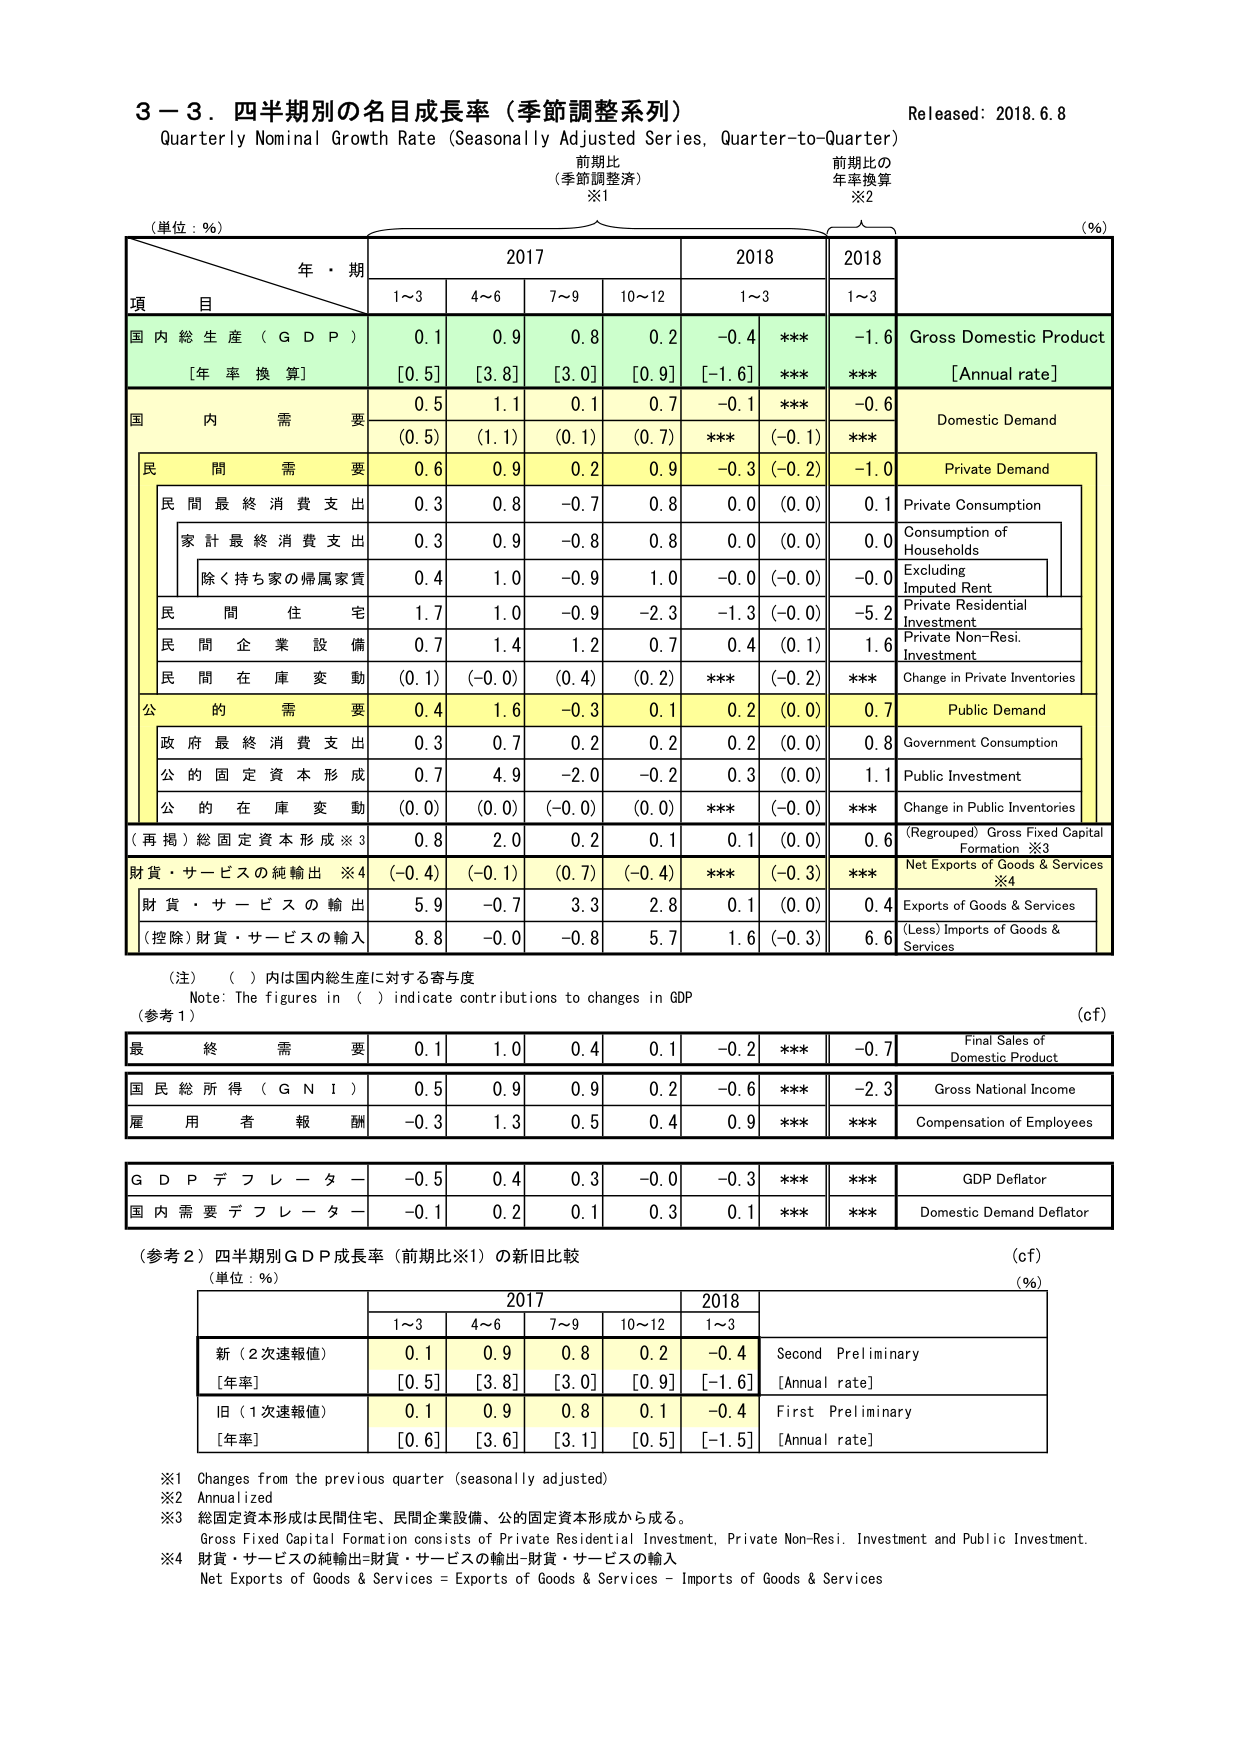
3－3．四半期別の名目成長率（季節調整系列）
Quarterly Nominal Growth Rate (Seasonally Adjusted Series, Quarter-to-Quarter)
Released: 2018.6.8

（単位：％）
年・期
項　目
2017
2018
2018
（％）

前 期 比
（季節調整済）
※1
前 期 比 の
年率換算
※2

1～3
4～6
7～9
10～12
1～3
1～3

国 内 総 生 産 （ G D P ）
0.1
0.9
0.8
0.2
-0.4
***
-1.6
Gross Domestic Product
[年 率 換 算]
[0.5]
[3.8]
[3.0]
[0.9]
[-1.6]
***
***
[Annual rate]

国 内 需 要
0.5
1.1
0.1
0.7
-0.1
***
-0.6
Domestic Demand
(0.5)
(1.1)
(0.1)
(0.7)
***
(-0.1)
***

民 間 需 要
0.6
0.9
0.2
0.9
-0.3
(-0.2)
-1.0
Private Demand
民 間 最 終 消 費 支 出
0.3
0.8
-0.7
0.8
0.0
(0.0)
0.1
Private Consumption
家 計 最 終 消 費 支 出
0.3
0.9
-0.8
0.8
0.0
(0.0)
0.0
Consumption of Households
除く持ち家の帰属家賃
0.4
1.0
-0.9
1.0
-0.0
(-0.0)
-0.0
Excluding Imputed Rent
民 間 住 宅
1.7
1.0
-0.9
-2.3
-1.3
(-0.0)
-5.2
Private Residential Investment
民 間 企 業 設 備
0.7
1.4
1.2
0.7
0.4
(0.1)
1.6
Private Non-Resi. Investment
民 間 在 庫 変 動
(0.1)
(-0.0)
(0.4)
(0.2)
***
(-0.2)
***
Change in Private Inventories

公 的 需 要
0.4
1.6
-0.3
0.1
0.2
(0.0)
0.7
Public Demand
政 府 最 終 消 費 支 出
0.3
0.7
0.2
0.2
0.2
(0.0)
0.8
Government Consumption
公 の 固 定 資 本 形 成
0.7
4.9
-2.0
-0.2
0.3
(0.0)
1.1
Public Investment
公 的 在 庫 変 動
(0.0)
(0.0)
(-0.0)
(0.0)
***
(-0.0)
***
Change in Public Inventories

（再掲）総固定資本形成※3
0.8
2.0
0.2
0.1
0.1
(0.0)
0.6
（Regrouped）Gross Fixed Capital Formation ※3

財貨・サービスの純輸出 ※4
(-0.4)
(-0.1)
(0.7)
(-0.4)
***
(-0.3)
***
Net Exports of Goods & Services ※4
財貨・サービスの輸出
5.9
-0.7
3.3
2.8
0.1
(0.0)
0.4
Exports of Goods & Services
（控除）財貨・サービスの輸入
8.8
-0.0
-0.8
5.7
1.6
(-0.3)
6.6
(Less) Imports of Goods & Services

（注）（ ）内は国内総生産に対する寄与度
Note: The figures in ( ) indicate contributions to changes in GDP
（参考1）
(cF)

最 終 需 要
0.1
1.0
0.4
0.1
-0.2
***
-0.7
Final Sales of Domestic Product

国 民 総 所 得 （ G N I ）
0.5
0.9
0.9
0.2
-0.6
***
-2.3
Gross National Income

雇 用 者 報 酬
-0.3
1.3
0.5
0.4
0.9
***
***
Compensation of Employees

G D P デ フ レ ー タ ー
-0.5
0.4
0.3
-0.0
-0.3
***
***
GDP Deflator

国 内 需 要 デ フ レ ー タ ー
-0.1
0.2
0.1
0.3
0.1
***
***
Domestic Demand Deflator

（参考2）四半期別ＧＤＰ成長率（前期比※1）の新旧比較
（単位：％）
(％)
2017
2018
1～3
4～6
7～9
10～12
1～3

新（2次速報値）
0.1
0.9
0.8
0.2
-0.4
Second Preliminary
[年率]
[0.5]
[3.8]
[3.0]
[0.9]
[-1.6]
[Annual rate]
旧（1次速報値）
0.1
0.9
0.8
0.1
-0.4
First Preliminary
[年率]
[0.6]
[3.6]
[3.1]
[0.5]
[-1.5]
[Annual rate]

※1 Changes from the previous quarter (seasonally adjusted)
※2 Annualized
※3 総固定資本形成は民間住宅、民間企業設備、公の固定資本形成から成る。
Gross Fixed Capital Formation consists of Private Residential Investment, Private Non-Resi. Investment and Public Investment.
※4 財貨・サービスの純輸出＝財貨・サービスの輸出－財貨・サービスの輸入
Net Exports of Goods & Services = Exports of Goods & Services – Imports of Goods & Services